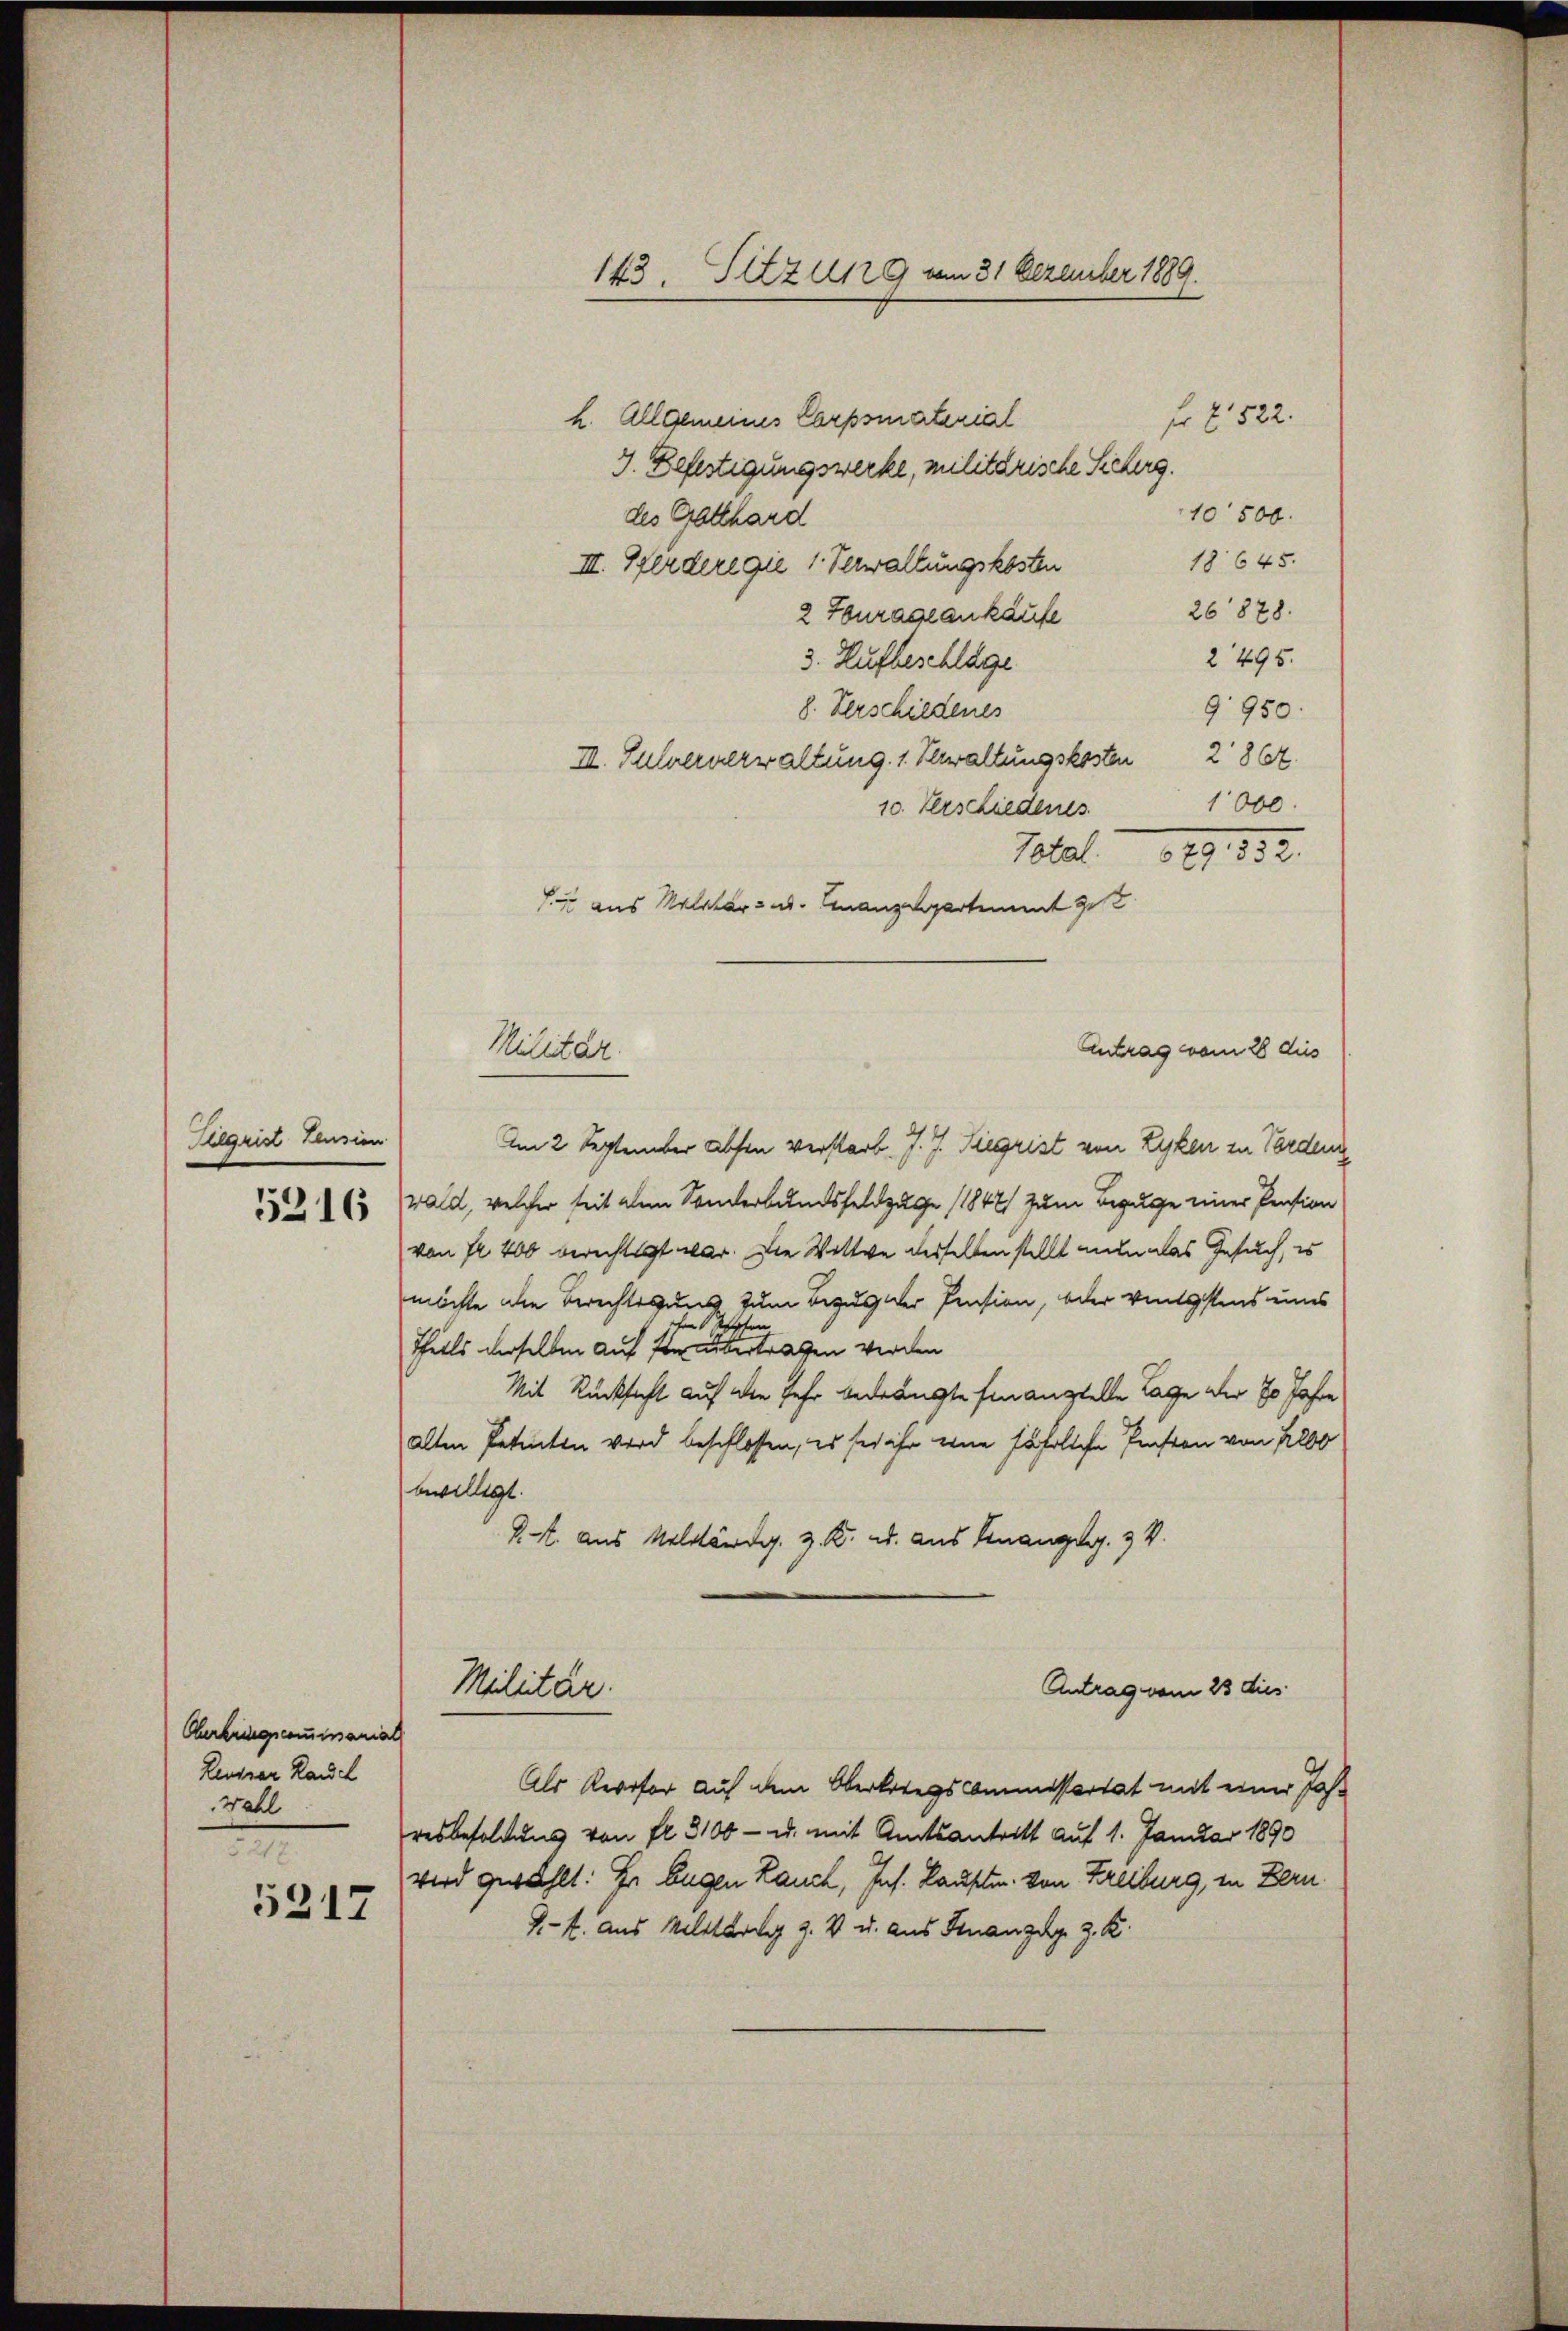
Regrist tension

5216

Oberbringscommariat
Reusner Rauch
Wahl
e

5217

143. Sitzung vom 31 Dezember 1889.

h. Allgemeines Corpsmaterial
3. Befestigungswerke, militarische Sicherg.
10500.
des Gotthard
18645.
III. Pferderegie 1. Verwaltungskosten
26878.
2 Fourage ankäufe
2295.
3. Aufbeschläge
8. Verschiedenes
9950.
II. Pulververwaltung 1. Bewaltungskosten 286.
1000.
10. Verschiedenes
Total. 29, 332.
S. aus Malators d. Finanzelpertement ge
Antrag vom 28 dies
Am 2 September Absen verstarb. J. J. Siegrist von Zyken in Forden
wald, welcher seit dem Sonderbundsfeldzuge (1847 zum Bezuge einer Pension
von Fr. 400 berechtigt war. Die Wittwe desselben stellt nun das Gesuch, es
möchte die Berechtigung zum Bezug der Pension, oder vengstens eines
benkarten
Theils derselben auf sie übertragen werden
Mit Rücksicht auf den Jahr bedrängte hinaustelle Tage der 70 Jahre
alten Petenten wird beschlossen, es sei ihr eine fährliche Pension von 1200
bewilligt.
R. aus Militärdg. z. B. u. aus Gnanges. 3 V.
Militär.
Antrag vom 23 dies
Als Revisor auf dem Oberkriegscommissariat mit einer Jahresbesoldung von fl. 3100 - u. mit Amtsantritt auf 1. Januar 1890
wird gewählt: Er Eugen Rauch, Jns. Lauften von Freiburg, in Bern
1-4. aus Militark z. V u. aus Finanzug z. B.

Militar.

fr. 7 522.